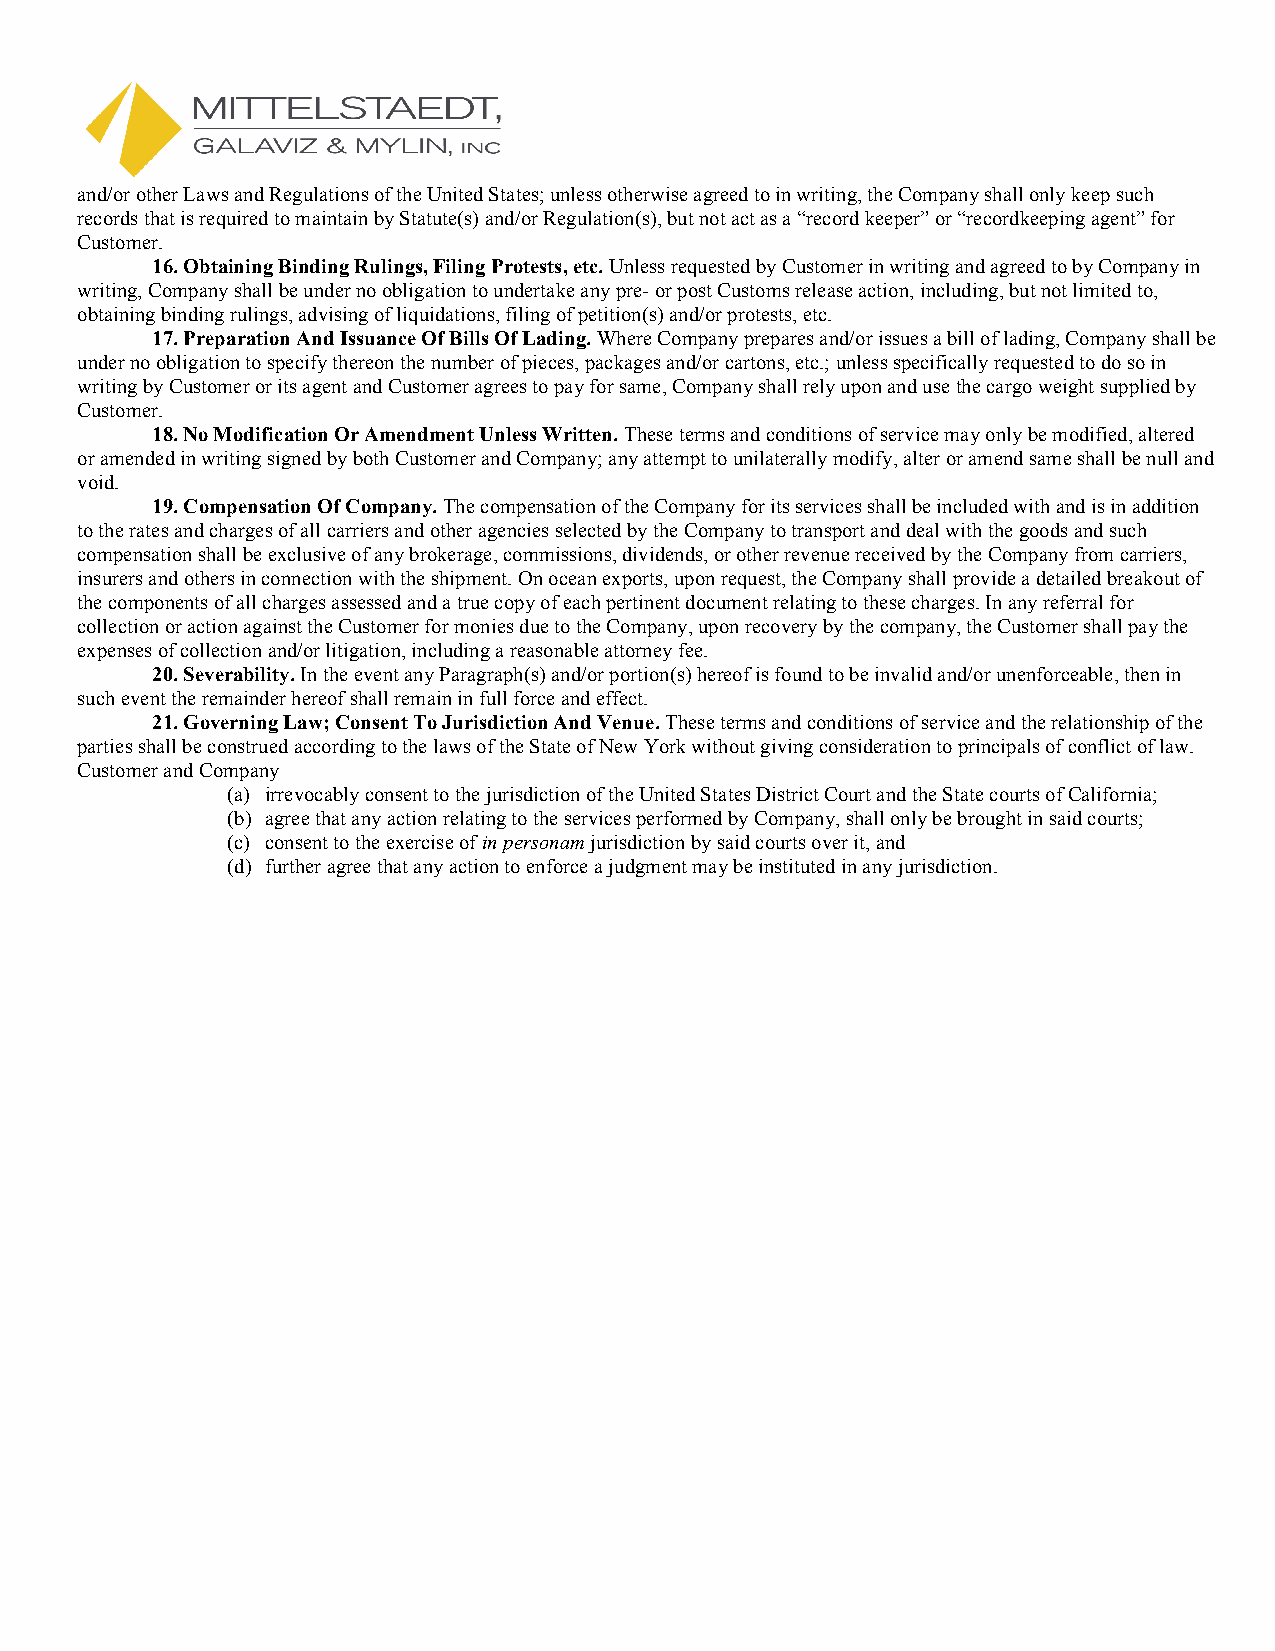
and/or other Laws and Regulations of the United States; unless otherwise agreed to in writing, the Company shall only keep such
 records that is required to maintain by Statute(s) and/or Regulation(s), but not act as a “record keeper” or “recordkeeping agent” for
 Customer.
 16. Obtaining Binding Rulings, Filing Protests, etc. Unless requested by Customer in writing and agreed to by Company in
 writing, Company shall be under no obligation to undertake any pre- or post Customs release action, including, but not limited to,
 obtaining binding rulings, advising of liquidations, filing of petition(s) and/or protests, etc.
 17. Preparation And Issuance Of Bills Of Lading. Where Company prepares and/or issues a bill of lading, Company shall be
 under no obligation to specify thereon the number of pieces, packages and/or cartons, etc.; unless specifically requested to do so in
 writing by Customer or its agent and Customer agrees to pay for same, Company shall rely upon and use the cargo weight supplied by
 Customer.
 18. No Modification Or Amendment Unless Written. These terms and conditions of service may only be modified, altered
 or amended in writing signed by both Customer and Company; any attempt to unilaterally modify, alter or amend same shall be null and
 void.
 19. Compensation Of Company. The compensation of the Company for its services shall be included with and is in addition
 to the rates and charges of all carriers and other agencies selected by the Company to transport and deal with the goods and such
 compensation shall be exclusive of any brokerage, commissions, dividends, or other revenue received by the Company from carriers,
 insurers and others in connection with the shipment. On ocean exports, upon request, the Company shall provide a detailed breakout of
 the components of all charges assessed and a true copy of each pertinent document relating to these charges. In any referral for
 collection or action against the Customer for monies due to the Company, upon recovery by the company, the Customer shall pay the
 expenses of collection and/or litigation, including a reasonable attorney fee.
 20. Severability. In the event any Paragraph(s) and/or portion(s) hereof is found to be invalid and/or unenforceable, then in
 such event the remainder hereof shall remain in full force and effect.
 21. Governing Law; Consent To Jurisdiction And Venue. These terms and conditions of service and the relationship of the
 parties shall be construed according to the laws of the State of New York without giving consideration to principals of conflict of law.
 Customer and Company
 (a) irrevocably consent to the jurisdiction of the United States District Court and the State courts of California;
 (b) agree that any action relating to the services performed by Company, shall only be brought in said courts;
 (c) consent to the exercise of in personam jurisdiction by said courts over it, and
 (d) further agree that any action to enforce a judgment may be instituted in any jurisdiction.